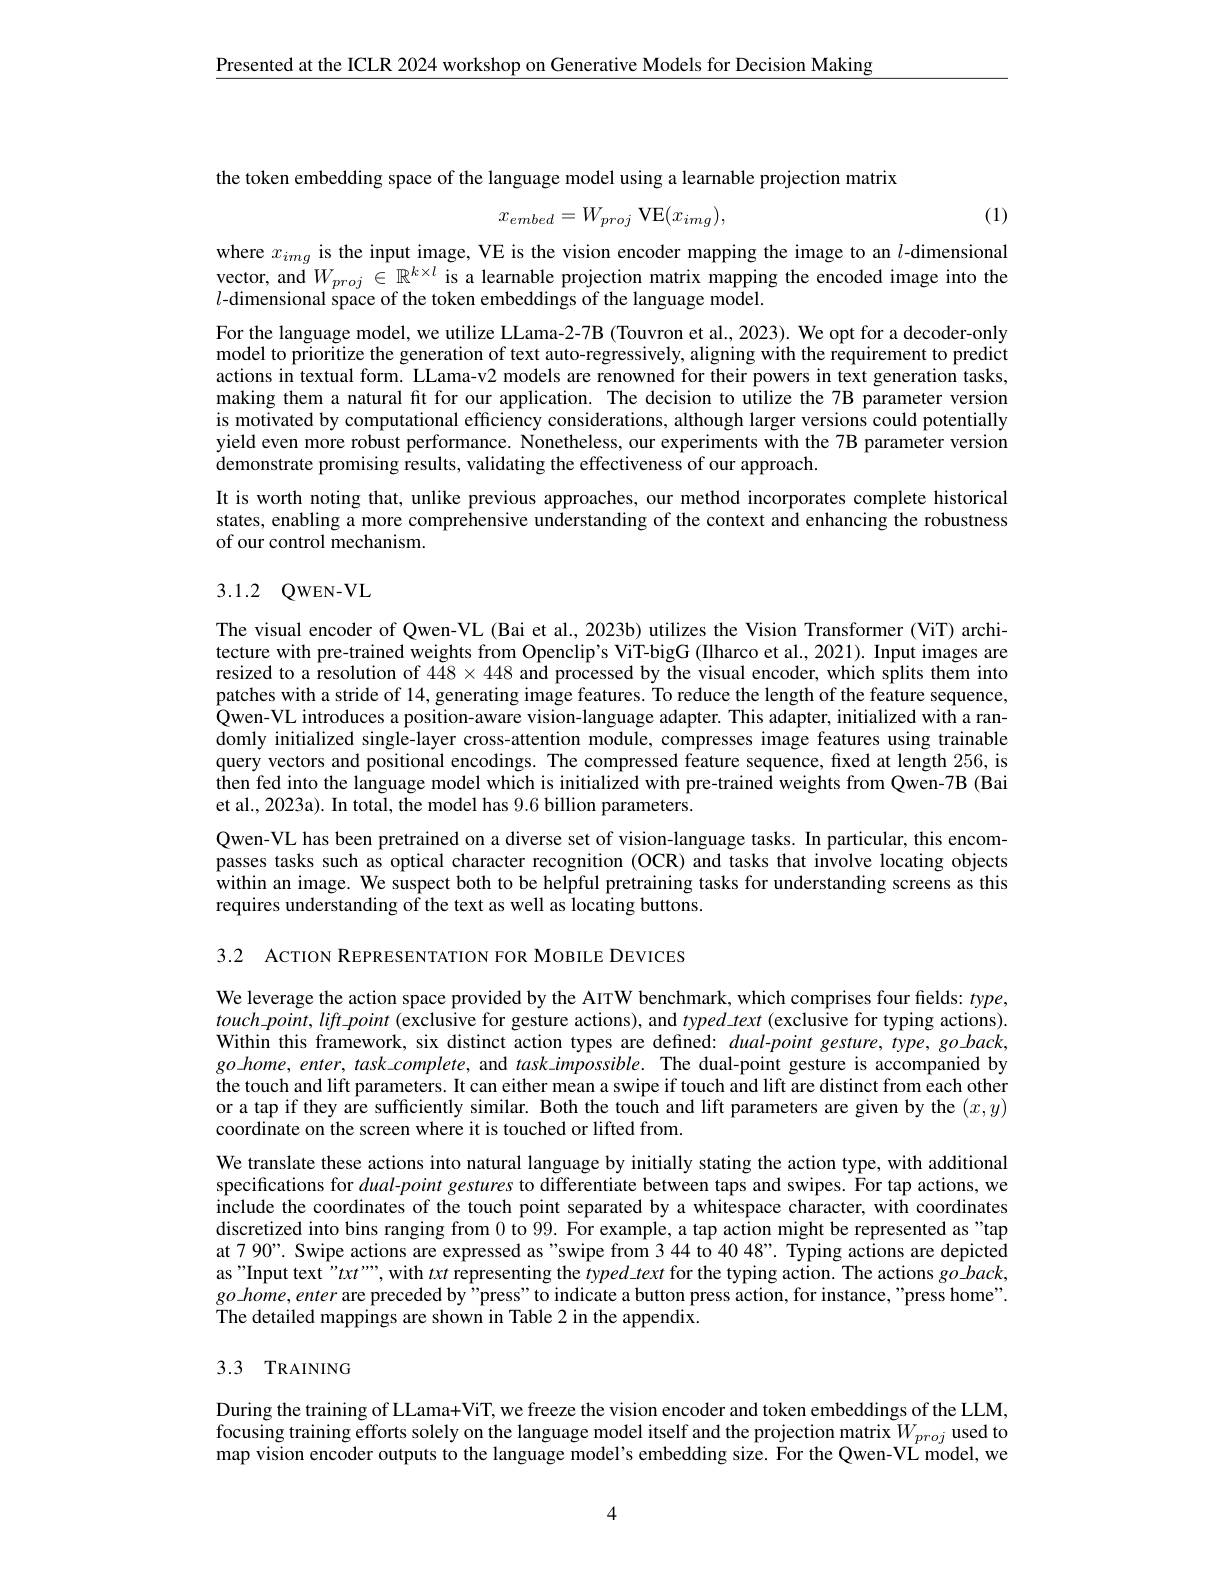
$\underline{\text{Presented at the ICLR 2024 workshop on Generative Models for Decision Making}}$

the token embedding space of the language model using a learnable projection matrix

(1)
$$x_{embed}=W_{proj}\:\mathrm{VE}(x_{img}),$$
where $x_{img}$ is the input image, VE is the vision encoder mapping the image to an $l$-dimensional vector, and $W_{proj}\in\mathbb{R}^{k\times l}$ is a learnable projection matrix mapping the encoded image into the $l$-dimensional space of the token embeddings of the language model.

For the language model, we utilize LLama-2-7B (Touvron et al., 2023). We opt for a decoder-only model to prioritize the generation of text auto-regressively, aligning with the requirement to predict actions in textual form. LLama-v2 models are renowned for their powers in text generation tasks, making them a natural fit for our application. The decision to utilize the 7B parameter version is motivated by computational efficiency considerations, although larger versions could potentially yield even more robust performance. Nonetheless, our experiments with the 7B parameter version demonstrate promising results, validating the effectiveness of our approach.
It is worth noting that, unlike previous approaches, our method incorporates complete historical states, enabling a more comprehensive understanding of the context and enhancing the robustness of our control mechanism.

## 3.1.2 QWEN-VL

The visual encoder of Qwen-VL (Bai et al., 2023b) utilizes the Vision Transformer (ViT) architecture with pre-trained weights from Openclip's ViT-bigG (IIharco et al., 2021). Input images are resized to a resolution of $448\times448$ and processed by the visual encoder, which splits them into patches with a stride of 14, generating image features. To reduce the length of the feature sequence, Qwen-VL introduces a position-aware vision-language adapter. This adapter, initialized with a randomly initialized single-layer cross-attention module, compresses image features using trainable query vectors and positional encodings. The compressed feature sequence, fixed at length 256, is then fed into the language model which is initialized with pre-trained weights from Qwen-7B (Bai et al., 2023a). In total, the model has 9.6 billion parameters.
Qwen-VL has been pretrained on a diverse set of vision-language tasks. In particular, this encompasses tasks such as optical character recognition (OCR) and tasks that involve locating objects within an image. We suspect both to be helpful pretraining tasks for understanding screens as this requires understanding of the text as well as locating buttons.

3.2 ACTION REPRESENTATION FOR MOBILE DEVICES

We leverage the action space provided by the AITW benchmark, which comprises four fields: $type$, $touch\_point,lift\_point$ (exclusive for gesture actions), and $typed\_text$ (exclusive for typing actions). Within this framework, six distinct action types are defined: $dual-point$ gesture, type, goback, $go\_home,enter,task\_complete$, and task-impossible. The dual-point gesture is accompanied by the touch and lift parameters. It can either mean a swipe if touch and lift are distinct from each other or a tap if they are sufficiently similar. Both the touch and lift parameters are given by the $(x,y)$ coordinate on the screen where it is touched or lifted from.
We translate these actions into natural language by initially stating the action type, with additional specifications for dual-point gestures to differentiate between taps and swipes. For tap actions, we include the coordinates of the touch point separated by a whitespace character, with coordinates discretized into bins ranging from 0 to 99. For example, a tap action might be represented as"tap at 7 90”. Swipe actions are expressed as"swipe from 3 44 to 40 48”. Typing actions are depicted as"Input text"txt"", with txt representing the $typed\_text$ for the typing action. The actions g$o\_back$, $go\_home,enter$ are preceded by"press" to indicate a button press action, for instance, "press home". The detailed mappings are shown in Table 2 in the appendix.

## 3.3 TRAINING

During the training of LLama+ViT, we freeze the vision encoder and token embeddings of the LLM, focusing training efforts solely on the language model itself and the projection matrix $W_{proj}$ used to map vision encoder outputs to the language model's embedding size. For the Qwen-VL model, we